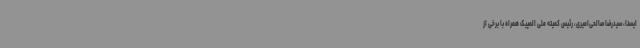
ایسنا، سیدرضا صالحی‌امیری، رئیس کمیته ملی المپیک همراه با برخی از